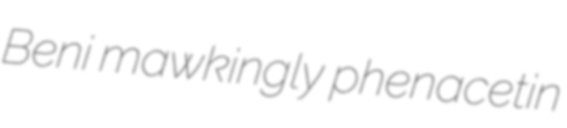
Beni mawkingly phenacetin